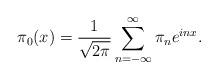
LaTeX: \begin{align*}\pi_0(x)={1\over \sqrt{2\pi}}\sum_{n=-\infty}^\infty \pi_ne^{inx}.\end{align*}